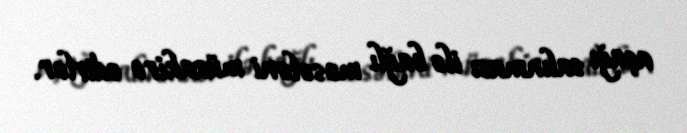
aşağı salınması ilə bağlı məsələni müzakirə edirlər.